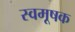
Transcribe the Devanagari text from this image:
स्वमूषक